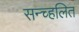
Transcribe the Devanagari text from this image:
सन्च्हलित